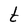
Character: t